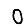
Digit: 0